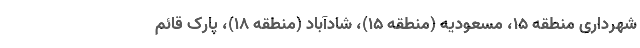
شهرداری منطقه ۱۵، مسعودیه (منطقه ۱۵)، شادآباد (منطقه ۱۸)، پارک قائم